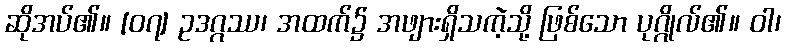
ဆိုအပ်၏။ [၀၇] ဥဒဂ္ဂဿ၊ အထက်၌ အဖျားရှိသကဲ့သို့ ဖြစ်သော ပုဂ္ဂိုလ်၏။ ဝါ၊